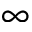
\infty